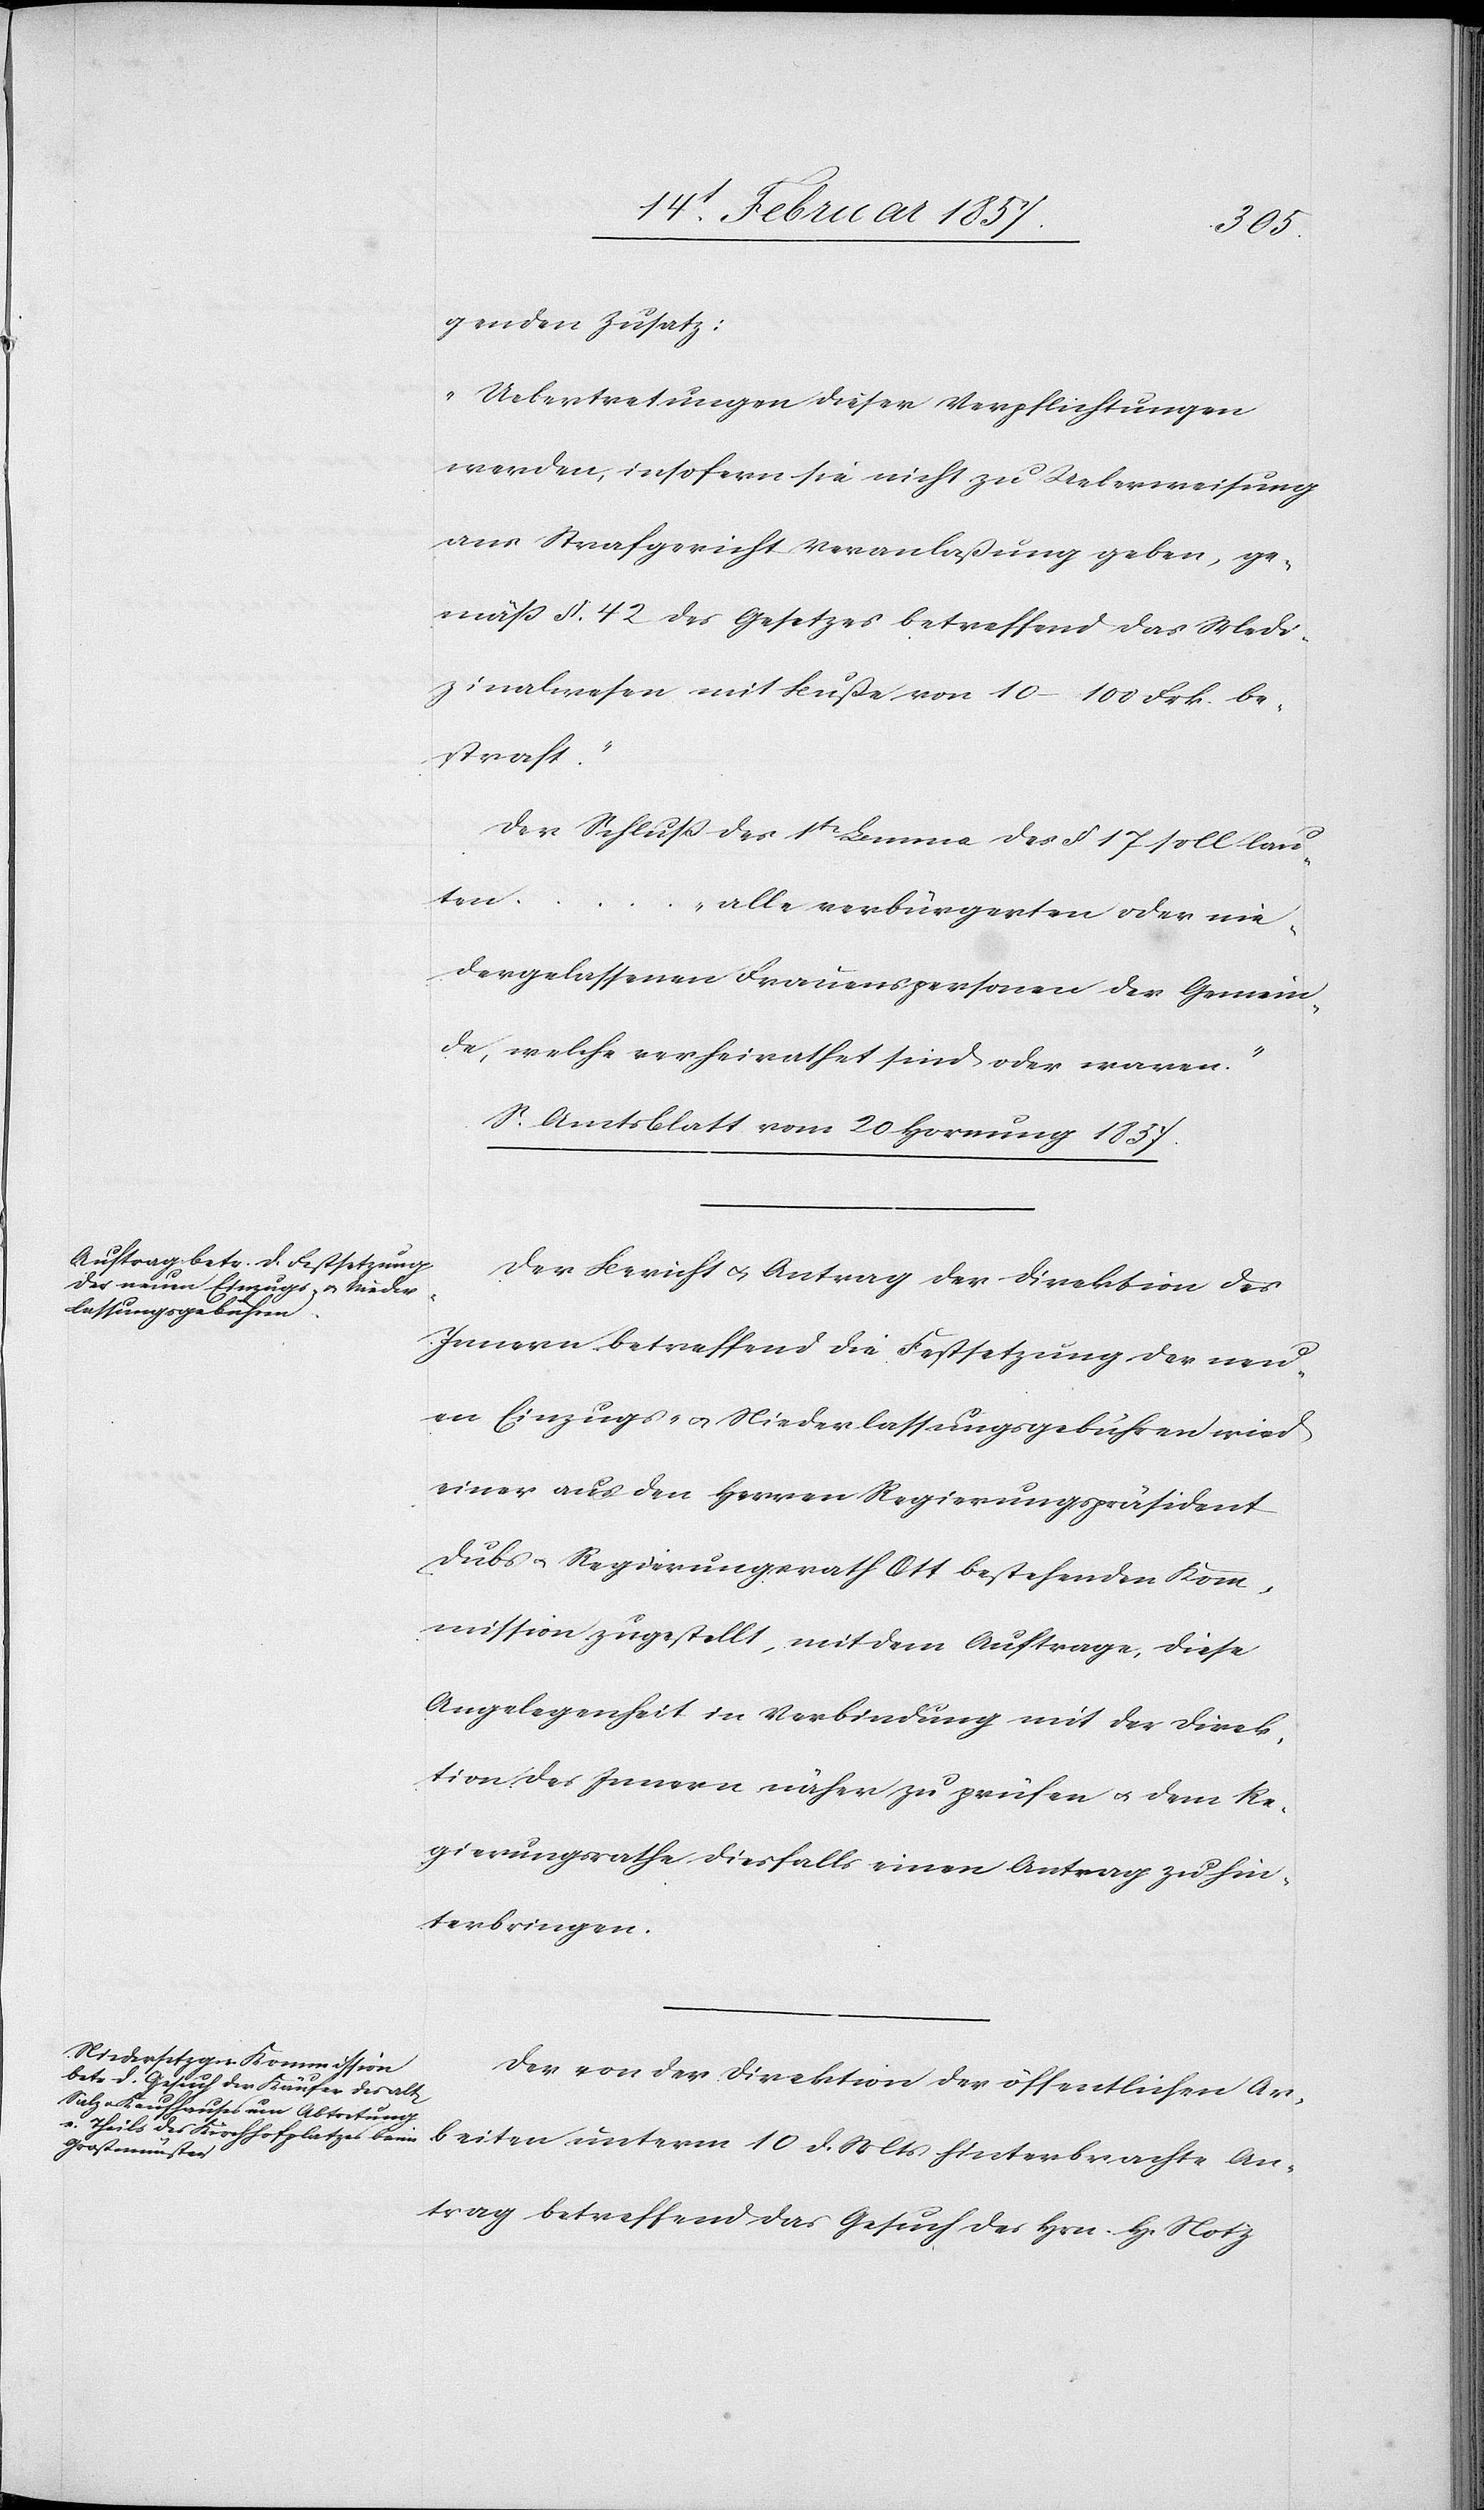
genden Zusatz:
„Uebertretungen dieser Verpflichtungen
werden, insofern sie nicht zu Ueberweisung
ans Strafgericht Veranlaßung geben, ge¬
mäß §. 42 des Gesetzes betreffend das Medi¬
zinalwesen mit Buße von 10–100 Frk. be¬
straft.“
Der Schluß des 1t Lemma des § 178 soll lau¬
ten …
„alle verbürgerten oder nie¬
dergelassenen Frauenspersonen der Gemein¬
de, welche verheirathet sind oder waren.“
S. Amtsblatt vom 20 Hornung 1857.
Der Bericht u. Antrag der Direktion des
Innern betreffend die Festsetzung der neu¬
en Einzugs- u. Niederlassungsgebühren wird
einer aus den Herren Regierungspräsident
Dubs u. Regierungsrath Ott bestehenden Kom¬
mission zugestellt, mit dem Auftrage, diese
Angelegenheit in Verbindung mit der Direk¬
tion des Innern näher zu prüfen u. dem Re¬
gierungsrathe diesfalls einen Antrag zu hin¬
terbringen.
Der von der Direktion der öffentlichen Ar¬
beiten unterm 10 d. Mts hinterbrachte An¬
trag betreffend das Gesuch des Hrn. H. Notz